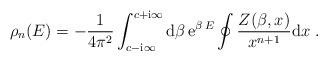
LaTeX: \begin{align*}\rho_n(E) =-\frac{1}{4\pi^2 }\int_{c-\mathrm{i}\infty}^{c+\mathrm{i} \infty}\mathrm{d}\beta\, \mathrm{e}^{\beta\, E}\oint \frac{Z(\beta, x)}{x^{n+1}} \mathrm{d}x\ .\end{align*}